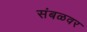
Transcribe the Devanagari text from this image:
संबळवर